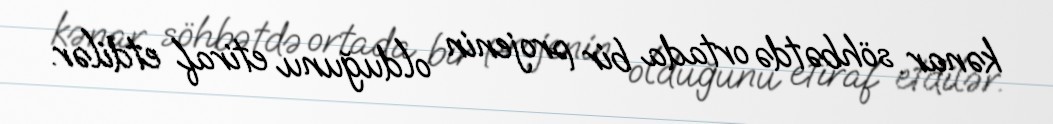
kənar söhbətdə ortada bir projenin olduğunu etiraf etdilər.